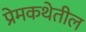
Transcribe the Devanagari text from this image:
प्रेमकथेतील